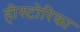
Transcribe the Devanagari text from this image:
हीस्टोरिका